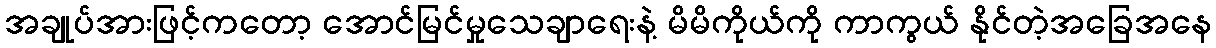
အချုပ်အားဖြင့်ကတော့ အောင်မြင်မှုသေချာရေးနဲ့ မိမိကိုယ်ကို ကာကွယ် နိုင်တဲ့အခြေအနေ